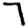
Digit: 7